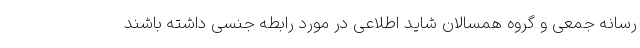
رسانه‌ جمعی و گروه همسالان شاید اطلاعی در مورد رابطه‌ جنسی داشته باشند